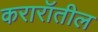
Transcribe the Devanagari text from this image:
करारॉतील